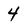
Character: 4